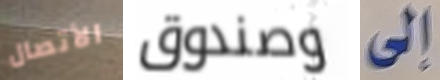
الأتصال وصندوق إلى